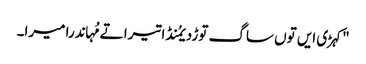
"کہڑی ایں توں ساگ توڑدیمُنڈا تیرا تے مُہاندرا میرا۔